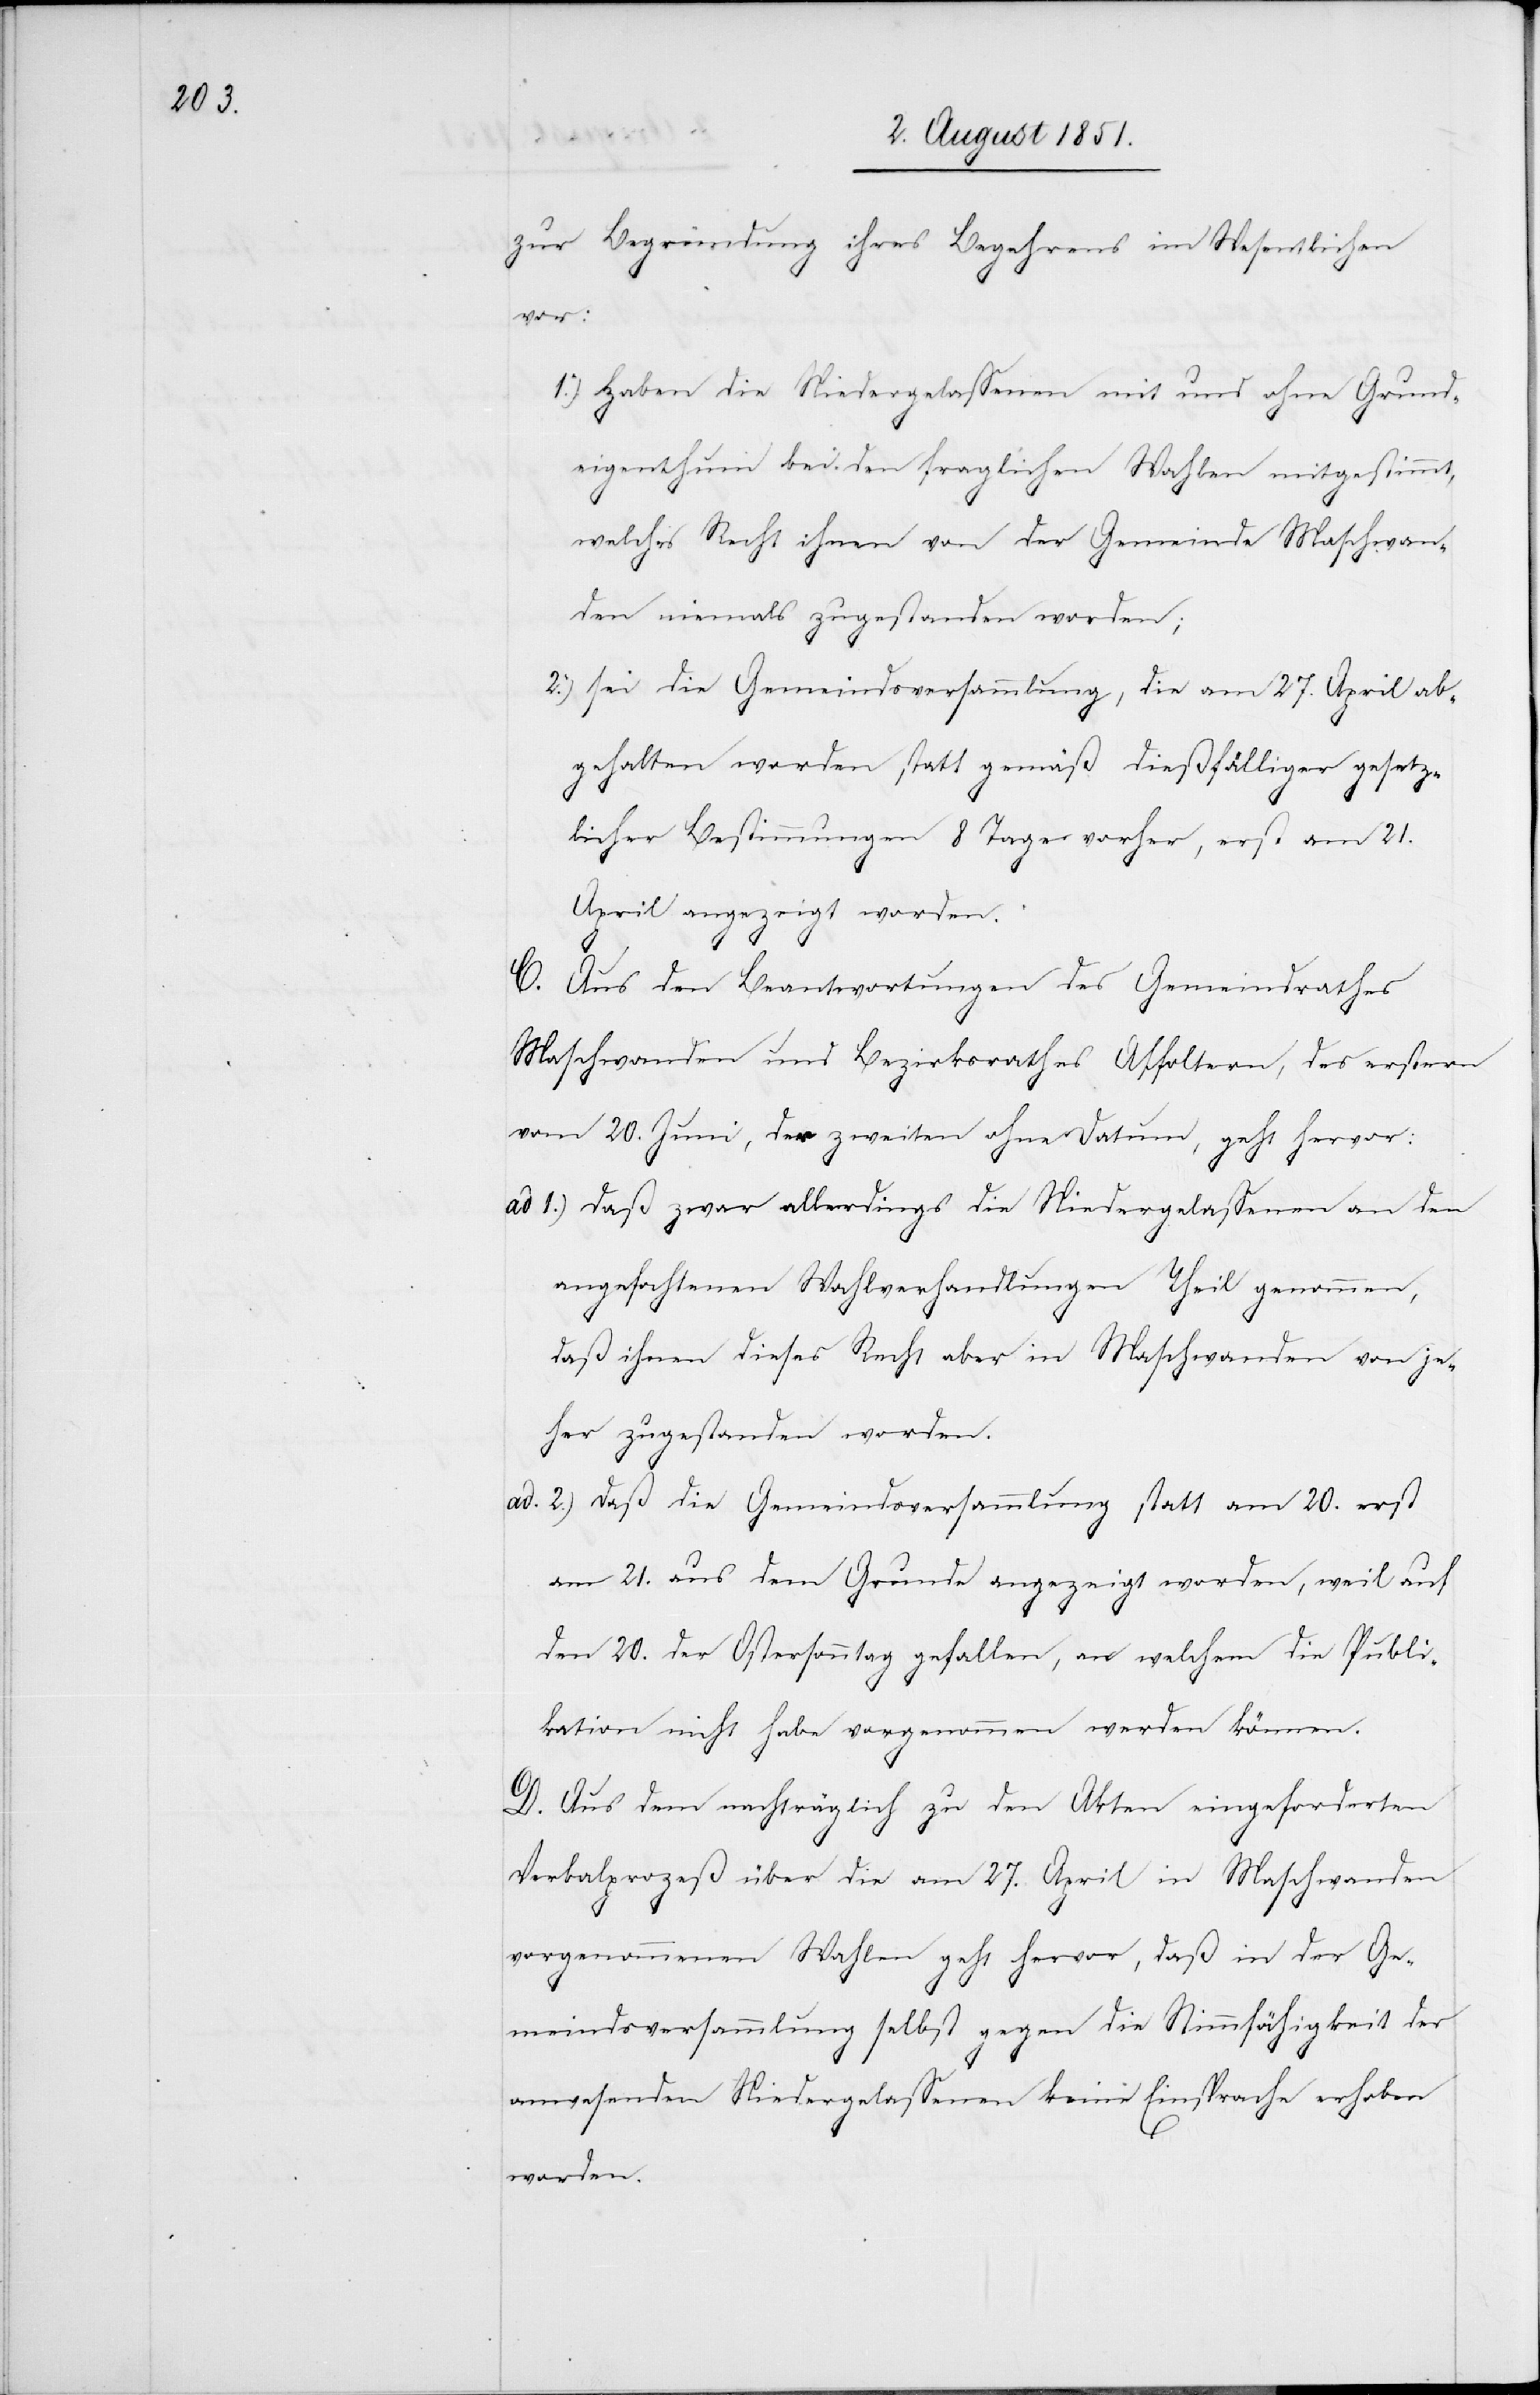
zur Begründung ihres Begehrens im Wesentlichen
vor:
Haben die Niedergelassenen mit und ohne Grund¬
eigenthum bei den fraglichen Wahlen mitgestimmt,
welches Recht ihnen von der Gemeinde Maschwan¬
den niemals zugestanden worden;
sei die Gemeindsversammlung, die am 27. April ab¬
gehalten worden statt gemäß dießfälliger gesetz¬
licher Bestimmungen 8 Tage vorher, erst am 21.
April angezeigt worden.
C. Aus den Beantwortungen des Gemeindrathes
Maschwanden und Bezirksrathes Affoltern, des erstern
vom 20. Juni, des zweiten ohne Datum, geht hervor:
Daß zwar allerdings die Niedergelassenen an den
angefochtenen Wahlverhandlungen Theil genommen,
daß ihnen dieses Recht aber in Maschwanden von je¬
her zugestanden worden.
Daß die Gemeindsversammlung statt am 20. erst
am 21. aus dem Grunde angezeigt worden, weil auf
den 20. der Ostersonntag gefallen, an welchem die Publi¬
kation nicht habe vorgenommen werden können.
D. Aus dem nachträglich zu den Akten eingeforderten
Verbalprozeß über die am 27. April in Maschwanden
vorgenommenen Wahlen geht hervor, daß in der Ge¬
meindsversammlung selbst gegen die Stimmfähigkeit der
anwesenden Niedergelassenen keine Einsprache erhoben
worden.